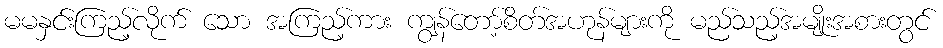
မမနှင်းကြည့်လိုက် သော အကြည့်ကား ကျွန်တော့်စိတ်အဟုန်များကို မည်သည့်အမျိုးအစားတွင်